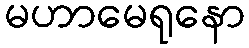
မဟာမေရုနော